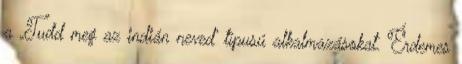
a „Tudd meg az indián neved” típusú alkalmazásokat. Érdemes